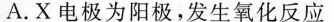
A.X电极为阳极，发生氧化反应